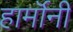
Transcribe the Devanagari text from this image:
हार्मॉनी